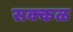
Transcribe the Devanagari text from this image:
सक्‍कळ